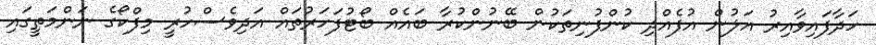
ހަދާފައިވާއިރު އަލުން އުފެއްދި ކުންފުނިތަކުން ބޭނުންކުރާ ބައެއް ބޯޓުފަހަރުތައް އަދިވެސްހުރީ މިފްކޯގެ ނަންމަތީގައި